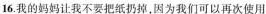
16.我的妈妈让我不要把纸扔掉，因为我们可以再次使用